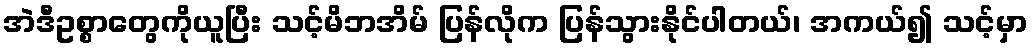
အဲဒီဥစ္စာတွေကိုယူပြီး သင့်မိဘအိမ် ပြန်လိုက ပြန်သွားနိုင်ပါတယ်၊ အကယ်၍ သင့်မှာ